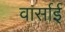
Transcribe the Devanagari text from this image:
वार्साई